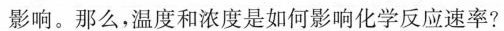
影响。那么，温度和浓度是如何影响化学反应速率?